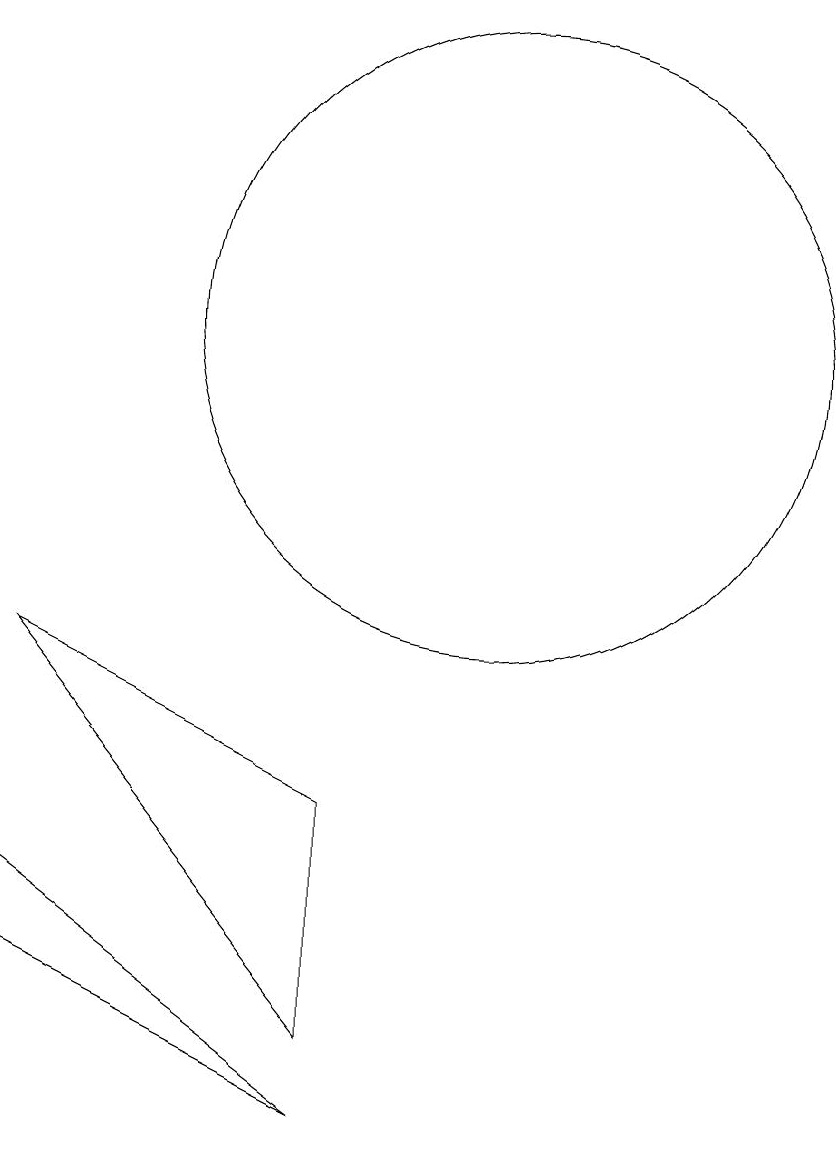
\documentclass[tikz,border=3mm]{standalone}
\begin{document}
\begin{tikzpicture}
\draw (8,4) -- (4,6) -- (8,1) -- cycle;
\draw (10,10) circle (4);
\draw (4,3) -- (8,0) -- (4,2) -- cycle;
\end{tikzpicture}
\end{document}